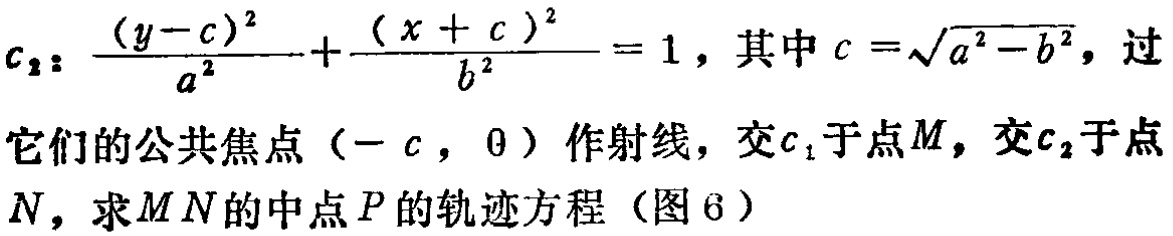
\(c_{2}: \frac{(y - c)^{2}}{a^{2}}+\frac{(x + c)^{2}}{b^{2}} = 1\), 其中 \(c=\sqrt{a^{2}-b^{2}}\), 过
它们的公共焦点 \((-c, 0)\) 作射线，交 \(c_{1}\) 于点 \(M\), 交 \(c_{2}\) 于点
\(N\), 求 \(MN\) 的中点 \(P\) 的轨迹方程（图 6）